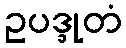
ဥပဒ္ဒုတံ